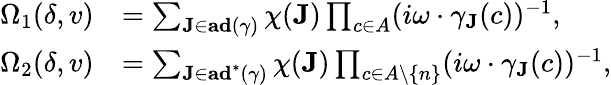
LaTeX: \begin{array}{rl}{\Omega_{1}(\delta,v)}&{=\sum_{\mathbf{J}\in\operatorname{\mathbf{ad}}(\gamma)}\chi(\mathbf{J})\prod_{c\in A}(i\omega\cdot\gamma_{\mathbf{J}}(c))^{-1},}\\ {\Omega_{2}(\delta,v)}&{=\sum_{\mathbf{J}\in\operatorname{\mathbf{ad}}^{*}(\gamma)}\chi(\mathbf{J})\prod_{c\in A\setminus\{ n\} }(i\omega\cdot\gamma_{\mathbf{J}}(c))^{-1},}\end{array}